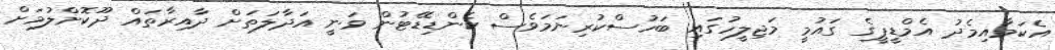
އެކަމާއިމެދު އެމްޑީޕީގެ ގައުމީ މަޖިލީހުގައި ބަހުސްކުރިނަމަވެސް ކެންޑިޑޭޓުން ވަނީ އަދާލަތަށް ދާއިރާތައް ދޫކޮށްލުމަށް